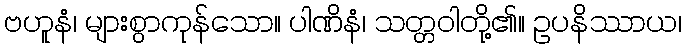
ဗဟူနံ၊ များစွာကုန်သော။ ပါဏိနံ၊ သတ္တဝါတို့၏။ ဥပနိဿာယ၊